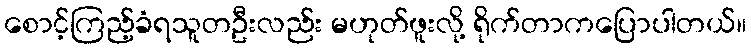
စောင့်ကြည့်ခံရသူတဦးလည်း မဟုတ်ဖူးလို့ ရိုက်တာကပြောပါတယ်။